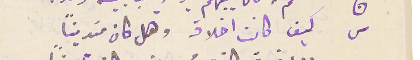
س كيف كانت اخلاقه وهل كان متدينًا